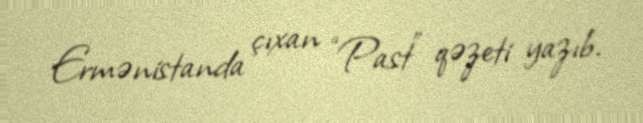
Ermənistanda çıxan “Past” qəzeti yazıb.